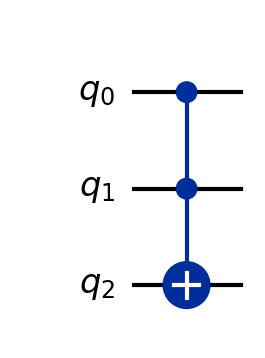
Description: Toffoli/CCX gate: universal for classical reversible computation
描述: Toffoli/CCX门：经典可逆计算的通用门
Category: basic_gates (difficulty: basic)
Qubits: 3, circuit depth: 1

Braket implementation:
from braket.circuits import Circuit
circuit = Circuit().ccnot(0, 1, 2)